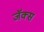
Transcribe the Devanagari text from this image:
जॅक्स